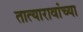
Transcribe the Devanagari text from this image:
तात्यारावांच्या